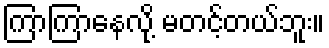
ကြာကြာနေလို့ မတင့်တယ်ဘူး။